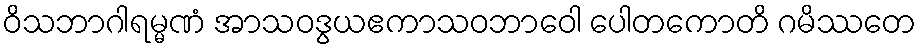
ဝိသဘာဂါရမ္မဏံ အာသဝဒွယဧကာသဝဘာဝေါ ပေါတကောတိ ဂမိဿတေ